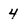
Character: 4